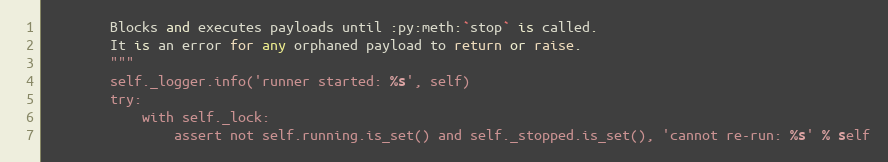
Language: Python
        Blocks and executes payloads until :py:meth:`stop` is called.
        It is an error for any orphaned payload to return or raise.
        """
        self._logger.info('runner started: %s', self)
        try:
            with self._lock:
                assert not self.running.is_set() and self._stopped.is_set(), 'cannot re-run: %s' % self